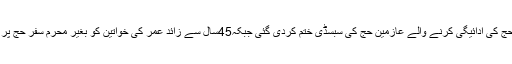
17 نومبر2017ء) فریضہ حج کی ادائیگی کرنے والے عازمین حج کی سبسڈی ختم کردی گئی جبکہ45سال سے زائد عمر کی خواتین کو بغیر محرم سفر حج پر جانے کی اجازت دیدی گئی۔